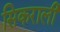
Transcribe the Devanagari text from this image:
सिकराली